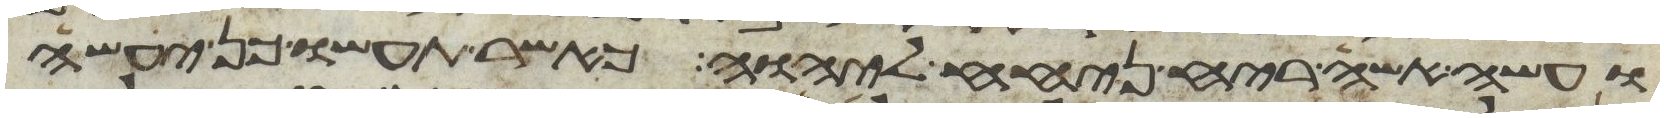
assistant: ועשה אשה ריח ניחח ליהוה כאשר תעשו כן יעשה